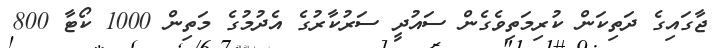
ޖާގައިގެ ދަތިކަން ކުރިމަތިވެގެން ސައުދީ ސަރުކާރުގެ އެދުމުގެ މަތިން 1000 ކޯޓާ 800